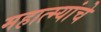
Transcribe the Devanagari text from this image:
महात्म्यांचे